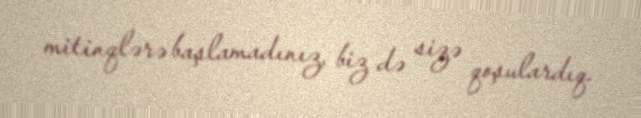
mitinqlərə başlamadınız, biz də sizə qoşulardıq.